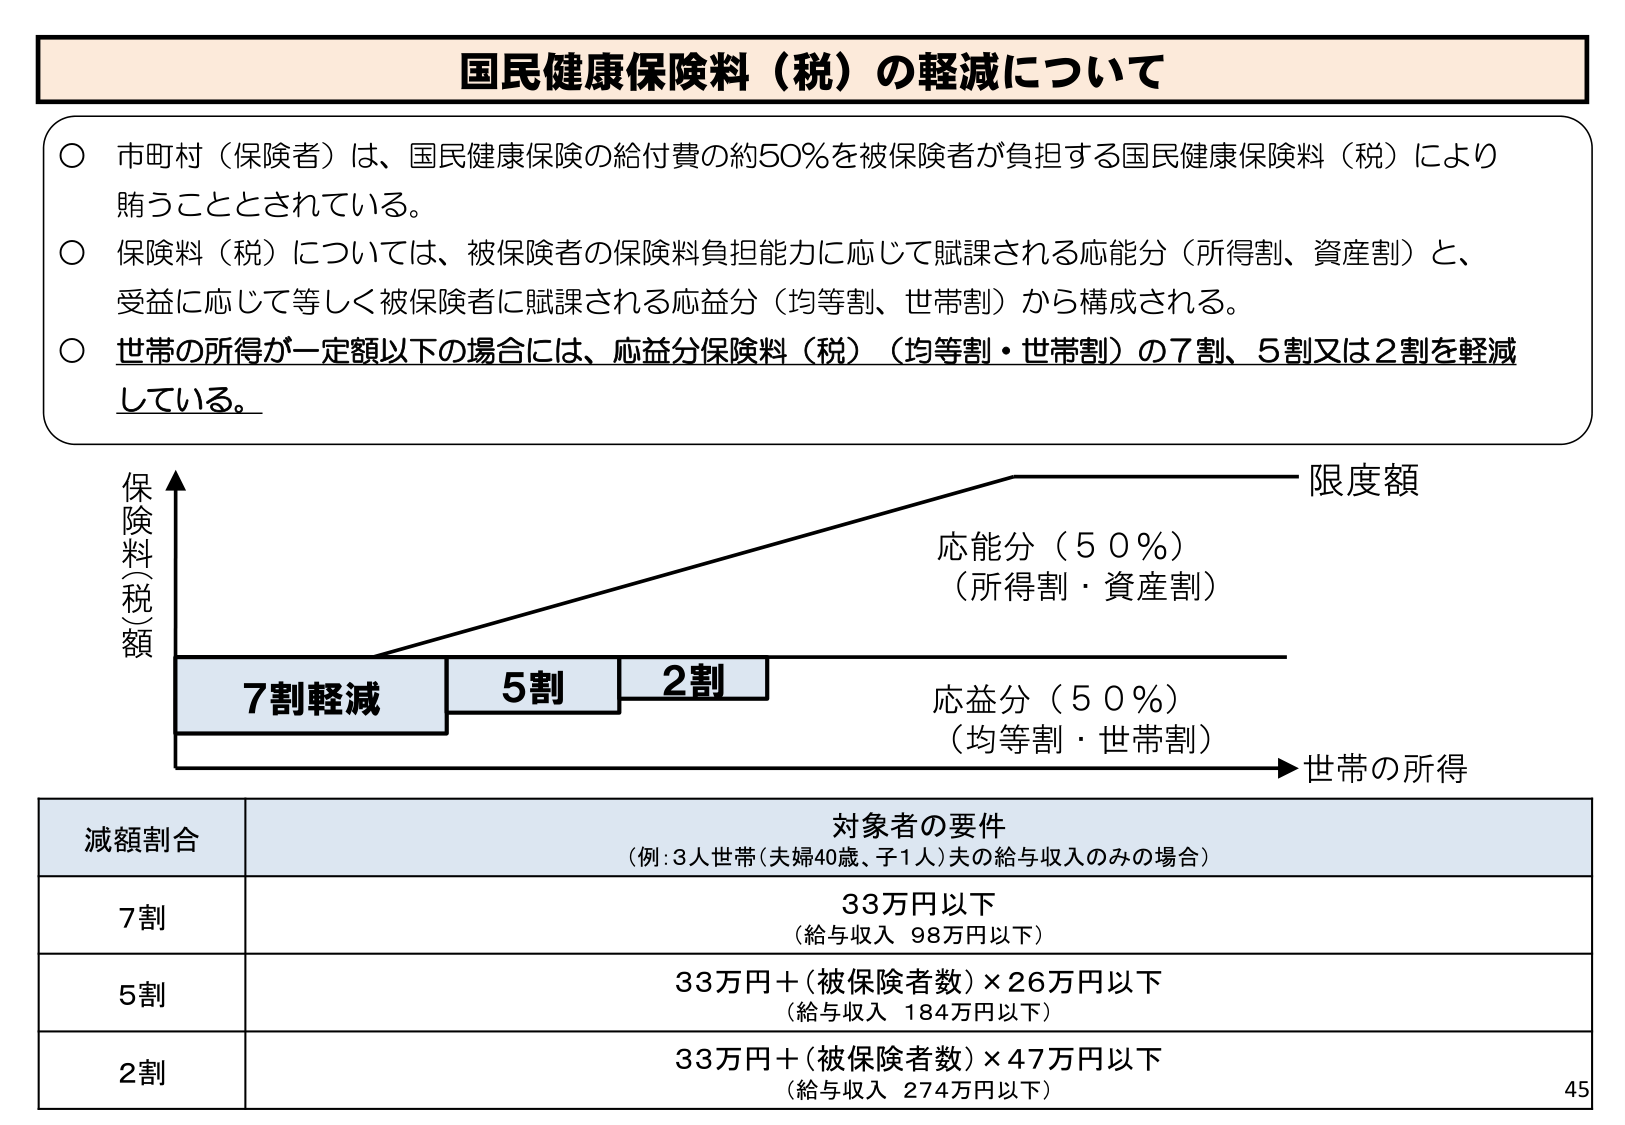
国民健康保険料（税）の軽減について

○ 市町村（保険者）は、国民健康保険の給付費の約50％を被保険者が負担する国民健康保険料（税）により賄うこととされている。
○ 保険料（税）については、被保険者の保険料負担能力に応じて賦課される応能分（所得割、資産割）と、受益に応じて等しく被保険者に賦課される応益分（均等割、世帯割）から構成される。
○ 世帯の所得が一定額以下の場合には、応益分保険料（税）（均等割・世帯割）の7割、5割又は2割を軽減している。

保険料（税）額
限度額
応能分（50％）
（所得割・資産割）
7割軽減
5割
2割
応益分（50％）
（均等割・世帯割）
世帯の所得

減額割合 対象者の要件
（例：3人世帯（夫婦40歳、子1人）夫の給与収入のみの場合）
7割 33万円以下
（給与収入 98万円以下）
5割 33万円＋（被保険者数）×26万円以下
（給与収入 184万円以下）
2割 33万円＋（被保険者数）×47万円以下
（給与収入 274万円以下）

45